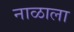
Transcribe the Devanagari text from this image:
नाळाला